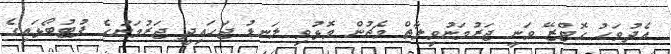
އެދުވަހު ގޮޓްޒޭ ވަނީ ޖަރުމަނުވިލާތް މެޗުން މޮޅުވި ލަނޑު ޖަހައިދީ ޖަރުމަނުގެ ފުޓުބޯޅައިގެ